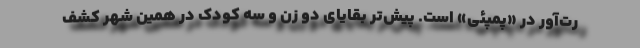
رت‌آور در «پمپئی» است. پیش‌تر بقایای دو زن و سه کودک در همین شهر کشف